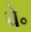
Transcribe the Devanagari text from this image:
वे॰